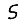
Digit: 5